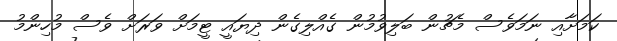
ކަމަށާއި ނަމަވެސް މެޗުން ބަލިވުމުން ގެއްލިގެން ދިޔައީ ޓީމަށް ވަރަށް ވެސް މުހިންމު